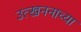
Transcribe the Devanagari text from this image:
उत्खननाच्या